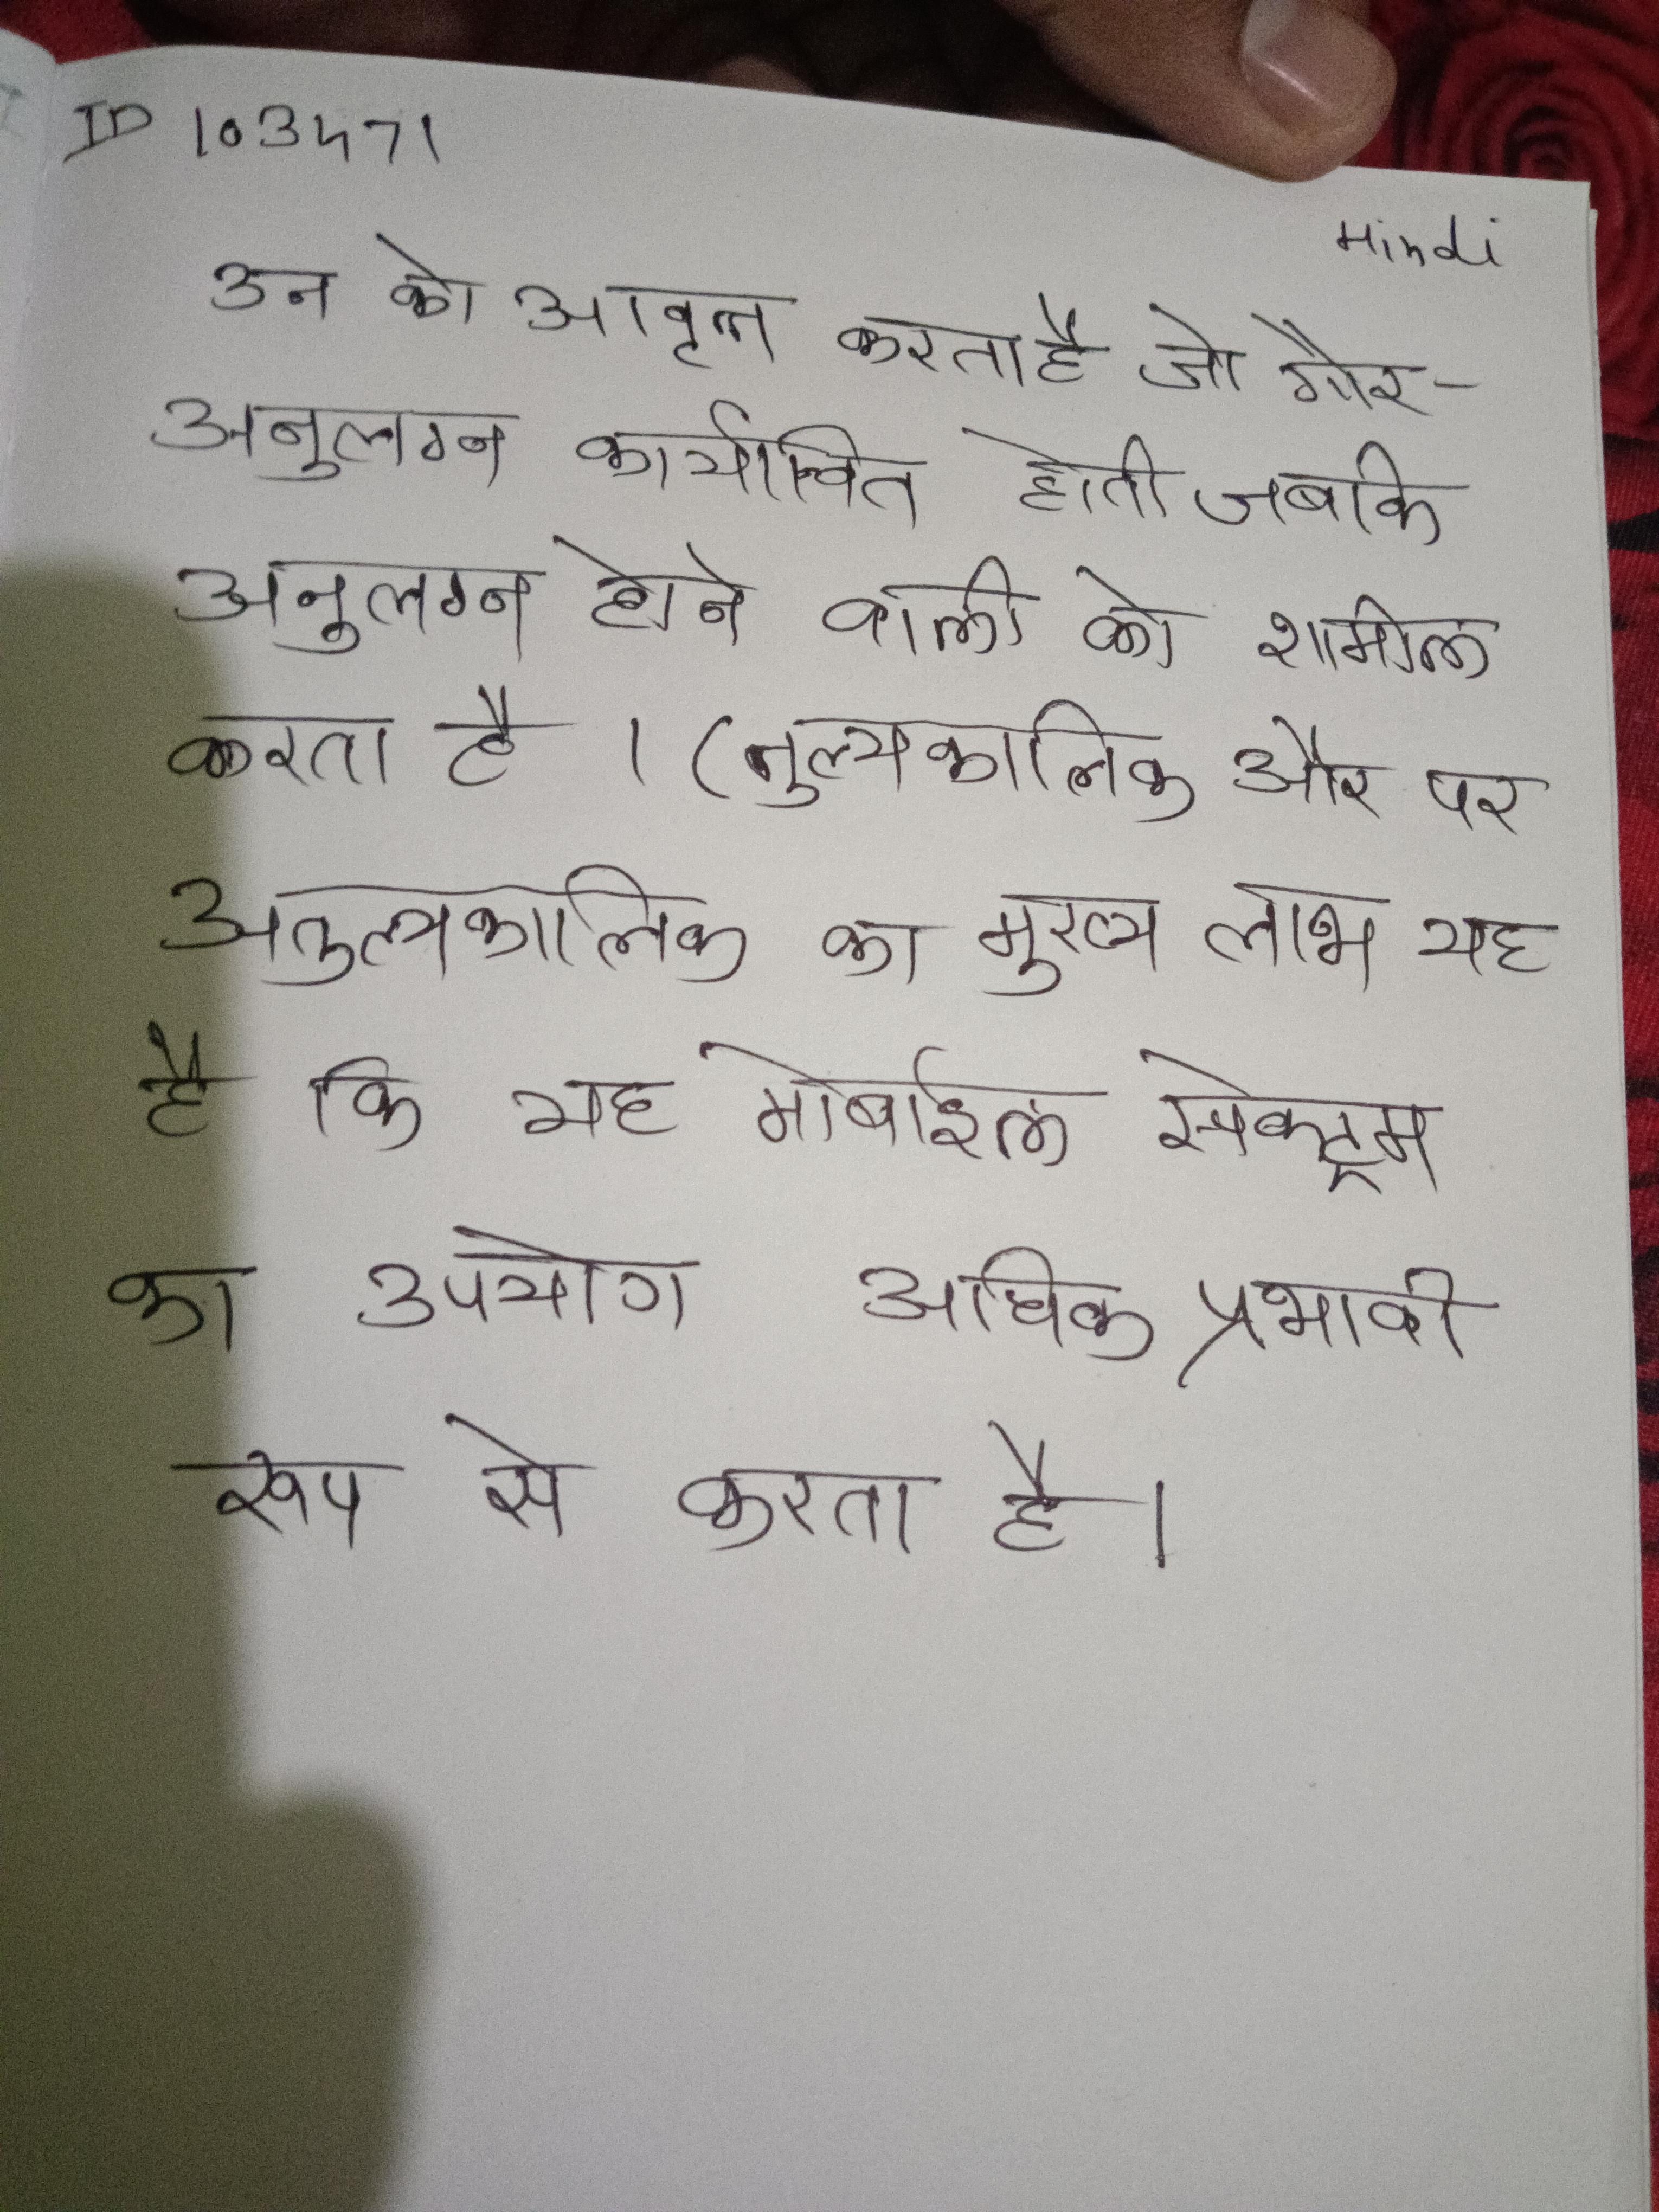
उन को आवृत्त करता है जो गैर-अनुलग्न कार्यान्वित होती जबकि अनुलग्न होने वाली को शामिल करता है । (तुल्यकालिक और पर अतुल्यकालिक का मुख्य लाभ यह है कि यह मोबाइल टेलीफोनी अनुप्रयोग स्पेक्ट्रम का उपयोग अधिक प्रभावी रूप से करता है ।